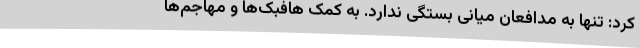
کرد: تنها به مدافعان میانی بستگی ندارد. به کمک هافبک‌ها و مهاجم‌ها